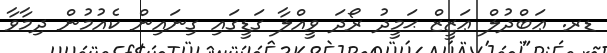
ޑރ. ޢަބްދުލް ޢަޒީޒް ޙަމީދު ރޯދަ ވީއްލާ ގަޑީގައި ގިނައިން ކެއުމުން ދިމާވާ